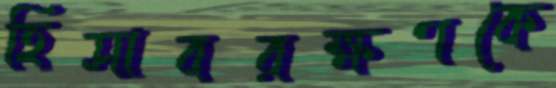
হিসাবরক্ষণকে